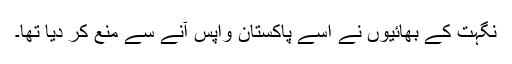
نگہت کے بھائیوں نے اسے پاکستان واپس آنے سے منع کر دیا تھا۔